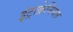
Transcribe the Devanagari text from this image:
इंट्राक्रेनियल